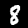
Label: 8